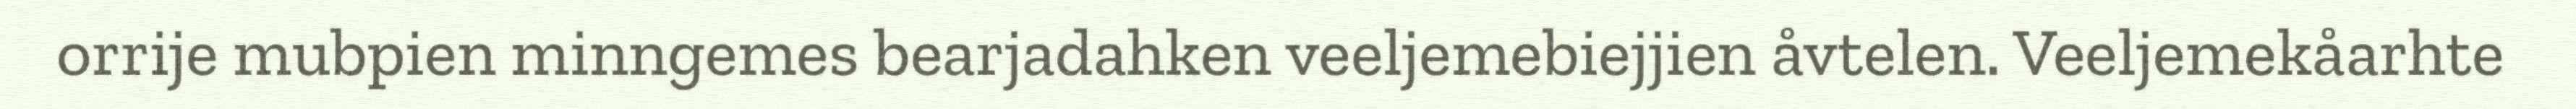
orrije mubpien minngemes bearjadahken veeljemebiejjien åvtelen. Veeljemekåarhte